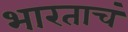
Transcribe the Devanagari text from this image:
भारताचं